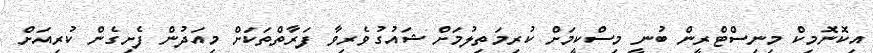
އިކޮނޮމިކް މިނިސްޓްރީން ބުނީ މިސްކީމަށް ކުރިމަތިލުމަށް ޝައުގުވެރިވާ ފަރާތްތަކަށް މިއަދުން ފެށިގެން ކުރިއަށް